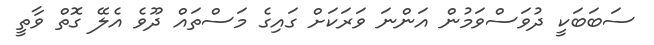
ސަބަބަކީ ދުވަސްވަމުން އަންނަ ވަރަކަށް ގައިގެ މަސްތައް ދޫވެ އެލޭ ގޮތް ވާތީ